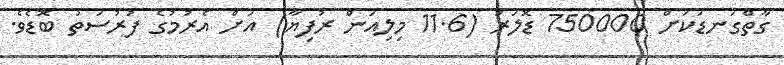
ގާތްގަނޑަކަށް 750000 ޑޮލަރު (11.6 މިލިއަން ރުފިޔާ) އަށް އެރުމުގެ ފުރުސަތު ބޮޑެވެ.